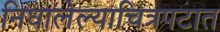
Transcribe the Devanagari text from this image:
निघालेल्याचित्रपटात